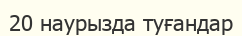
20 наурызда туғандар